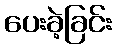
ပေးခဲ့ခြင်း